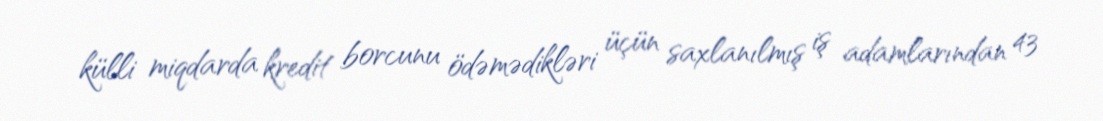
külli miqdarda kredit borcunu ödəmədikləri üçün saxlanılmış iş adamlarından 43